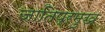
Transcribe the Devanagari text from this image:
जातिप्रमुख